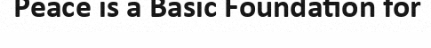
Peace is a Basic Foundation for